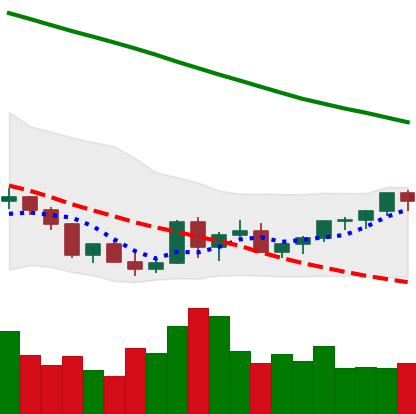
Ticker: XLM-USD
Chart end date: 2022-03-20
Forward return: 7.398%
Label: up_7plus